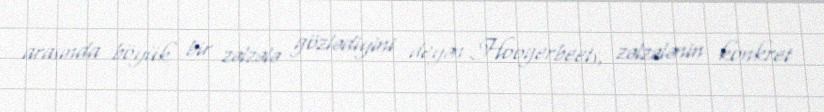
arasında böyük bir zəlzələ gözlədiyini deyən Hoogerbeets, zəlzələnin konkret